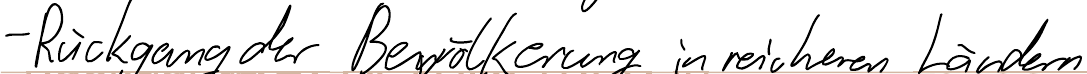
- Rückgang der Bevölkerung in reicheren Ländern